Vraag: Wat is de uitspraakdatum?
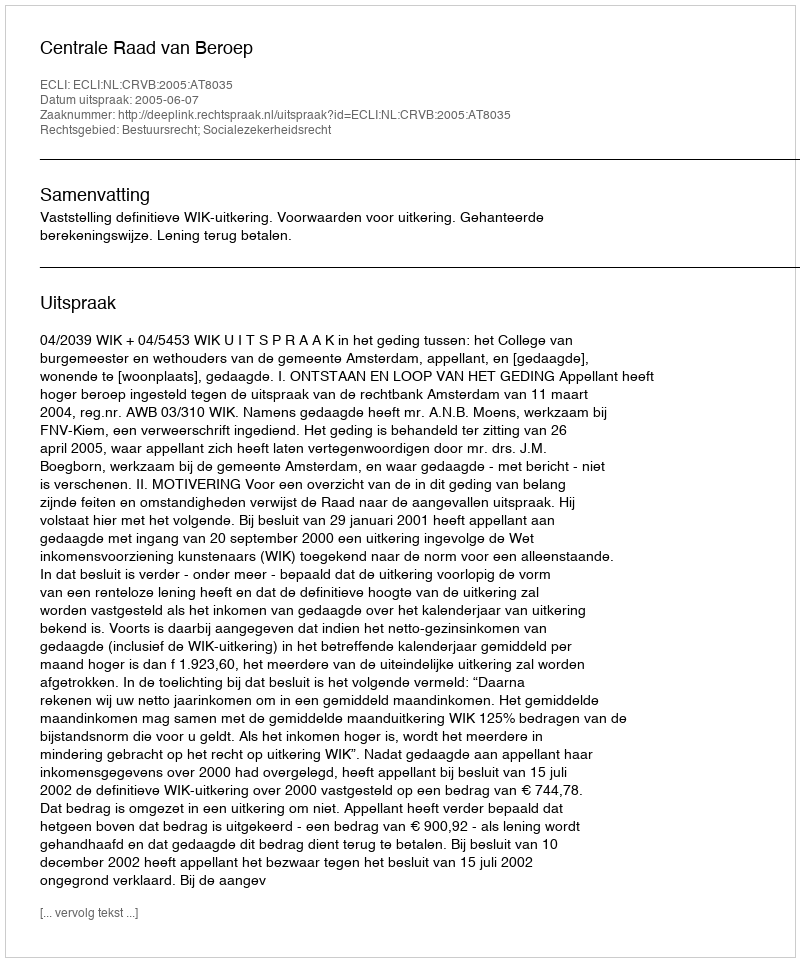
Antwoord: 2005-06-07